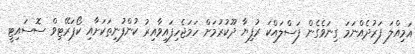
އަމިއްލަ ފަރުދެއްނަމަ ގިނަވެގެން ފަސްލައްކަ ރުފިޔާ ދޫކުުރުމަށް ހަމަޖެހިފައިވާއިރު ކުންފުނިތަކަށާއި ކޯޕަރޭޓިވް ސޮސައިޓީ